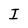
Character: I